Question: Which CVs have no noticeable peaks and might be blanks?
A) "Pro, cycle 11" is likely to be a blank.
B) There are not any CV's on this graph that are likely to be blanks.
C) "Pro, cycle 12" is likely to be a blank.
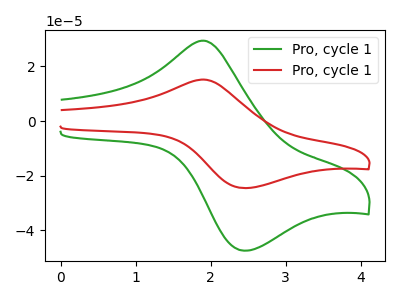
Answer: <think>The green curve "Pro, cycle 11" has an anodic peak at (1.90V, 29.40uA) and a cathodic peak at (2.45V, -47.35uA). The red curve "Pro, cycle 12" has an anodic peak at (1.90V, 15.20uA) and a cathodic peak at (2.45V, -24.50uA).</think>
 <answer>B) There are not any CV's on this graph that are likely to be blanks.</answer>
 <eval>B</eval>